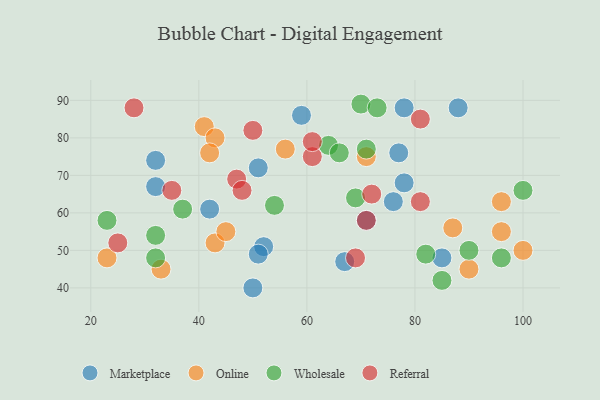
{"axis": {"x": "GDP", "y": "Life Expectancy"}, "legend": ["Marketplace", "Online", "Referral", "Wholesale"], "data": [{"x": "52", "y": 51, "type": "Marketplace"}, {"x": "51", "y": 49, "type": "Marketplace"}, {"x": "78", "y": 68, "type": "Marketplace"}, {"x": "42", "y": 61, "type": "Marketplace"}, {"x": "88", "y": 88, "type": "Marketplace"}, {"x": "76", "y": 63, "type": "Marketplace"}, {"x": "85", "y": 48, "type": "Marketplace"}, {"x": "32", "y": 67, "type": "Marketplace"}, {"x": "78", "y": 88, "type": "Marketplace"}, {"x": "67", "y": 47, "type": "Marketplace"}, {"x": "77", "y": 76, "type": "Marketplace"}, {"x": "51", "y": 72, "type": "Marketplace"}, {"x": "71", "y": 58, "type": "Marketplace"}, {"x": "32", "y": 74, "type": "Marketplace"}, {"x": "59", "y": 86, "type": "Marketplace"}, {"x": "50", "y": 40, "type": "Marketplace"}, {"x": "100", "y": 50, "type": "Online"}, {"x": "87", "y": 56, "type": "Online"}, {"x": "43", "y": 52, "type": "Online"}, {"x": "45", "y": 55, "type": "Online"}, {"x": "41", "y": 83, "type": "Online"}, {"x": "96", "y": 63, "type": "Online"}, {"x": "43", "y": 80, "type": "Online"}, {"x": "90", "y": 45, "type": "Online"}, {"x": "56", "y": 77, "type": "Online"}, {"x": "42", "y": 76, "type": "Online"}, {"x": "33", "y": 45, "type": "Online"}, {"x": "23", "y": 48, "type": "Online"}, {"x": "96", "y": 55, "type": "Online"}, {"x": "71", "y": 75, "type": "Online"}, {"x": "70", "y": 89, "type": "Wholesale"}, {"x": "90", "y": 50, "type": "Wholesale"}, {"x": "64", "y": 78, "type": "Wholesale"}, {"x": "100", "y": 66, "type": "Wholesale"}, {"x": "54", "y": 62, "type": "Wholesale"}, {"x": "23", "y": 58, "type": "Wholesale"}, {"x": "66", "y": 76, "type": "Wholesale"}, {"x": "32", "y": 48, "type": "Wholesale"}, {"x": "73", "y": 88, "type": "Wholesale"}, {"x": "32", "y": 54, "type": "Wholesale"}, {"x": "71", "y": 77, "type": "Wholesale"}, {"x": "37", "y": 61, "type": "Wholesale"}, {"x": "96", "y": 48, "type": "Wholesale"}, {"x": "85", "y": 42, "type": "Wholesale"}, {"x": "69", "y": 64, "type": "Wholesale"}, {"x": "82", "y": 49, "type": "Wholesale"}, {"x": "81", "y": 63, "type": "Referral"}, {"x": "72", "y": 65, "type": "Referral"}, {"x": "47", "y": 69, "type": "Referral"}, {"x": "81", "y": 85, "type": "Referral"}, {"x": "71", "y": 58, "type": "Referral"}, {"x": "28", "y": 88, "type": "Referral"}, {"x": "69", "y": 48, "type": "Referral"}, {"x": "35", "y": 66, "type": "Referral"}, {"x": "48", "y": 66, "type": "Referral"}, {"x": "61", "y": 75, "type": "Referral"}, {"x": "50", "y": 82, "type": "Referral"}, {"x": "61", "y": 79, "type": "Referral"}, {"x": "25", "y": 52, "type": "Referral"}]}